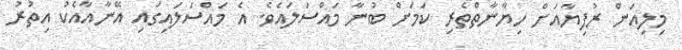
މިލިއަން ރުފިޔާއަށް ހިޔާނާތްތެރި ކަމަށް ބުނާ މައްސަލައެވެ. އެ މައްސަލައިގައި އޭނާއާއެކު އިތުރު